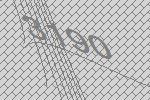
3190